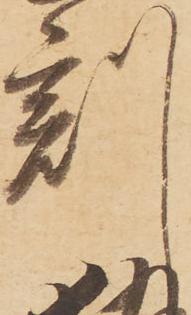
刻